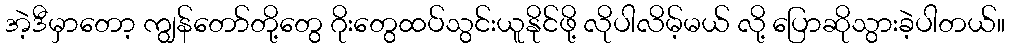
အဲ့ဒီမှာတော့ ကျွန်တော်တို့တွေ ဂိုးတွေထပ်သွင်းယူနိုင်ဖို့ လိုပါလိမ့်မယ် လို့ ပြောဆိုသွားခဲ့ပါတယ်။